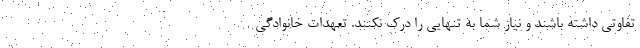
تفاوتی داشته باشند و نیاز شما به تنهایی را درک نکنند. تعهدات خانوادگی